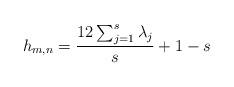
LaTeX: \begin{align*}h_{m,n}=\frac{12\sum_{j=1}^s\lambda_j}{s}+1-s\end{align*}